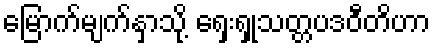
မြောက်မျက်နှာသို့ ရှေးရှုသတ္တပဒဝီတိဟာ